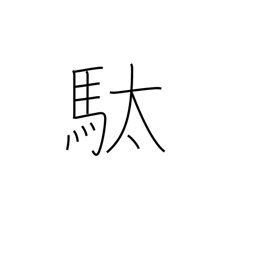
Meaning: pack horse